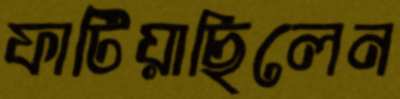
ফাটিয়াছিলেন